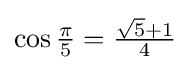
\cos {\tfrac {\pi }{5}}={\tfrac {{\sqrt {5}}+1}{4}}